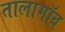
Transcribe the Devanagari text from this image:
तालागॉव